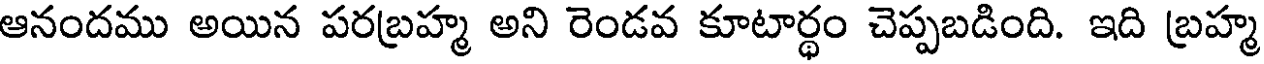
ఆనందము అయిన పరబ్రహ్మ అని రెండవ కూటార్థం చెప్పబడింది. ఇది బ్రహ్మ